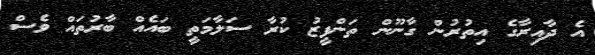
އެ ދާއިރާގެ އިތުރުން ގާނޫން ތަންފީޒު ކުރާ ސަލާމަތީ ބައެއް ބާރުތައް ވެސް